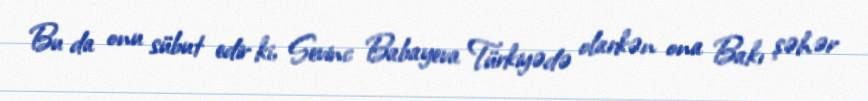
Bu da onu sübut edir ki, Sevinc Babayeva Türkiyədə olarkən ona Bakı şəhər